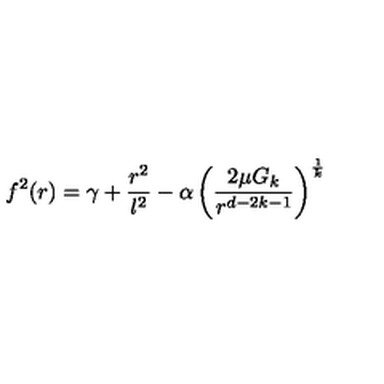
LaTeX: f ^ { 2 } ( r ) = \gamma + \frac { r ^ { 2 } } { l ^ { 2 } } - \alpha \left( \frac { 2 \mu G _ { k } } { r ^ { d - 2 k - 1 } } \right) ^ { \frac { 1 } { k } }